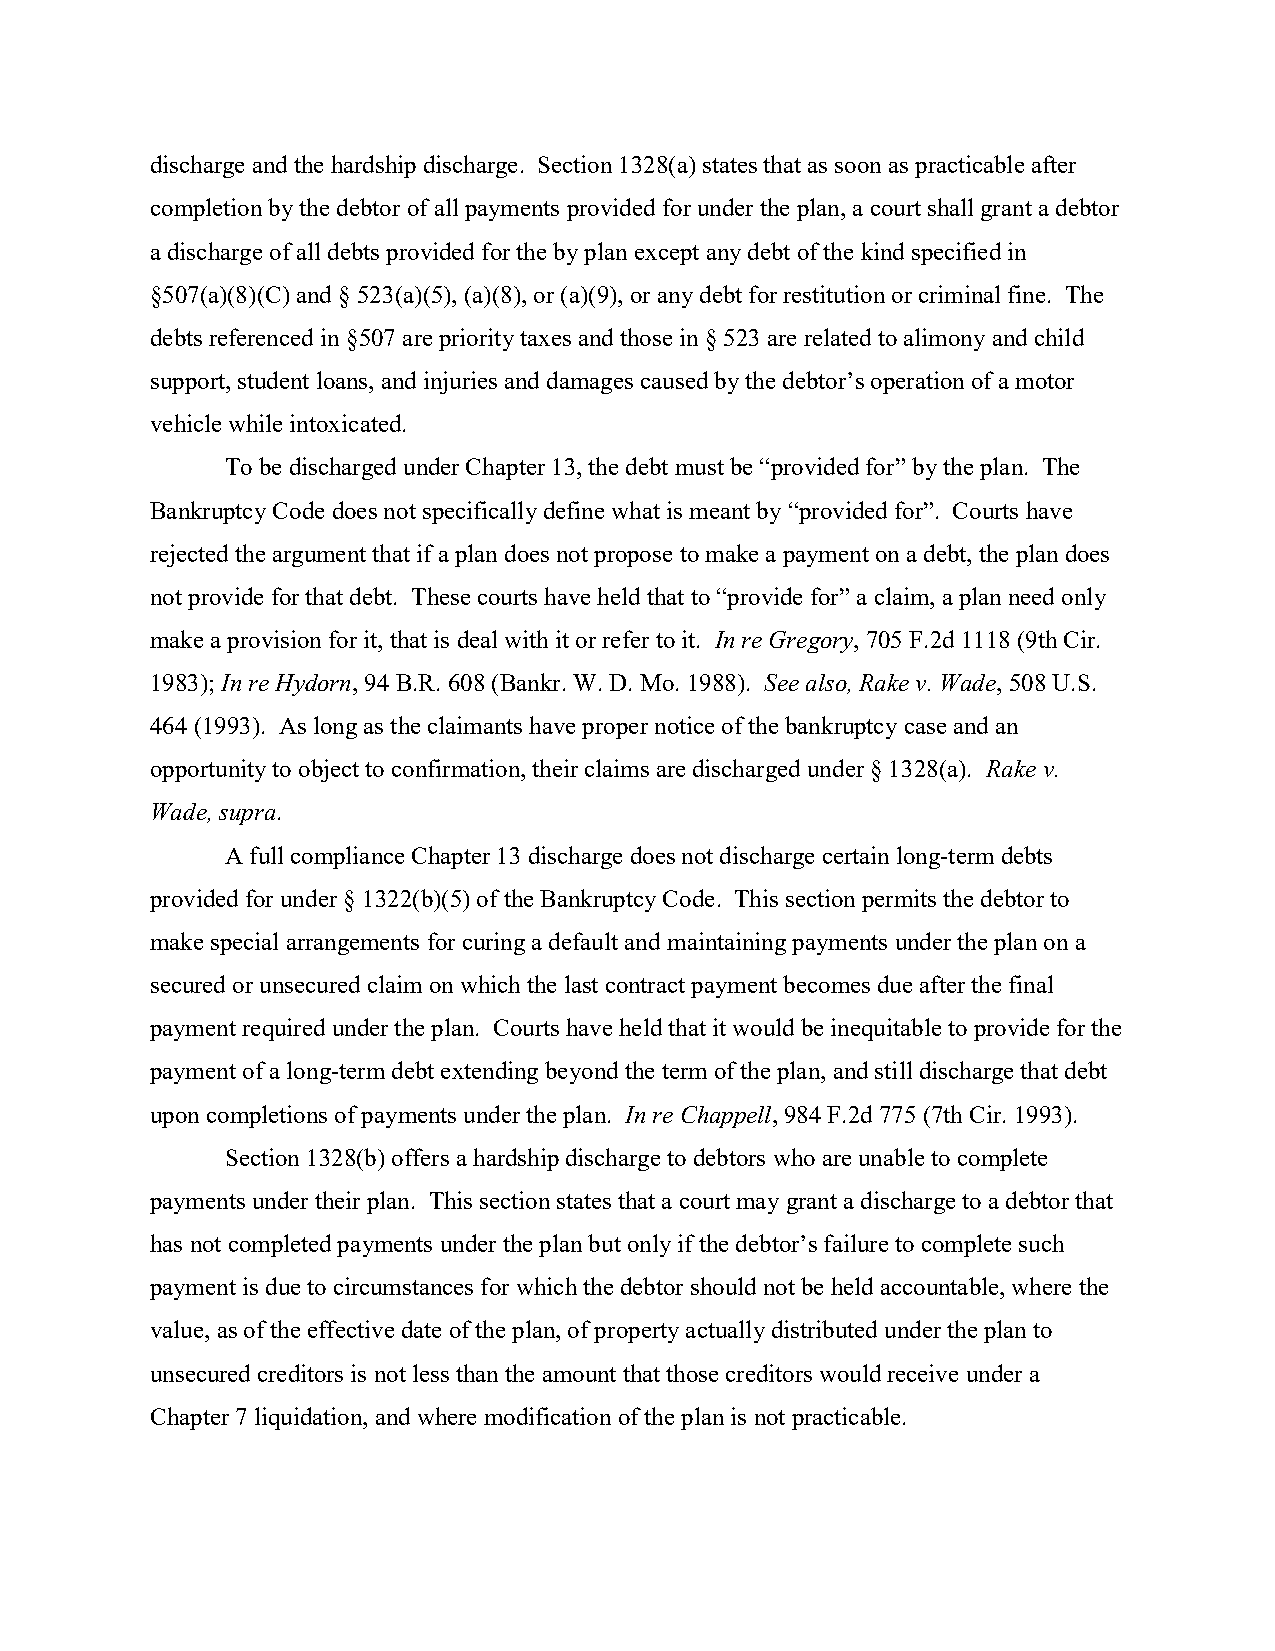
discharge and the hardship discharge. Section 1328(a) states that as soon as practicable after
 completion by the debtor of all payments provided for under the plan, a court shall grant a debtor
 a discharge of all debts provided for the by plan except any debt of the kind specified in
 §507(a)(8)(C) and § 523(a)(5), (a)(8), or (a)(9), or any debt for restitution or criminal fine. The
 debts referenced in §507 are priority taxes and those in § 523 are related to alimony and child
 support, student loans, and injuries and damages caused by the debtor’s operation of a motor
 vehicle while intoxicated.
 To be discharged under Chapter 13, the debt must be “provided for” by the plan. The
 Bankruptcy Code does not specifically define what is meant by “provided for”. Courts have
 rejected the argument that if a plan does not propose to make a payment on a debt, the plan does
 not provide for that debt. These courts have held that to “provide for” a claim, a plan need only
 make a provision for it, that is deal with it or refer to it. In re Gregory, 705 F.2d 1118 (9th Cir.
 1983); In re Hydorn, 94 B.R. 608 (Bankr. W. D. Mo. 1988). See also, Rake v. Wade, 508 U.S.
 464 (1993). As long as the claimants have proper notice of the bankruptcy case and an
 opportunity to object to confirmation, their claims are discharged under § 1328(a). Rake v.
 Wade, supra.
 A full compliance Chapter 13 discharge does not discharge certain long-term debts
 provided for under § 1322(b)(5) of the Bankruptcy Code. This section permits the debtor to
 make special arrangements for curing a default and maintaining payments under the plan on a
 secured or unsecured claim on which the last contract payment becomes due after the final
 payment required under the plan. Courts have held that it would be inequitable to provide for the
 payment of a long-term debt extending beyond the term of the plan, and still discharge that debt
 upon completions of payments under the plan. In re Chappell, 984 F.2d 775 (7th Cir. 1993).
 Section 1328(b) offers a hardship discharge to debtors who are unable to complete
 payments under their plan. This section states that a court may grant a discharge to a debtor that
 has not completed payments under the plan but only if the debtor’s failure to complete such
 payment is due to circumstances for which the debtor should not be held accountable, where the
 value, as of the effective date of the plan, of property actually distributed under the plan to
 unsecured creditors is not less than the amount that those creditors would receive under a
 Chapter 7 liquidation, and where modification of the plan is not practicable.